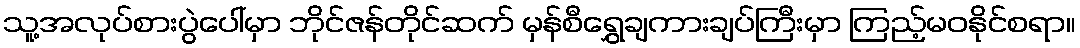
သူ့အလုပ်စားပွဲပေါ်မှာ ဘိုင်ဇန်တိုင်ဆက် မှန်စီရွှေချကားချပ်ကြီးမှာ ကြည့်မဝနိုင်စရာ။